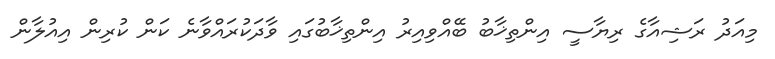
މިއަދު ރަޝިއާގެ ރިޔާސީ އިންތިޚާބު ބޭއްވިއިރު އިންތިޚާބުގައި ވާދަކުރައްވާނެ ކަން ކުރިން އިއުލާން